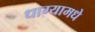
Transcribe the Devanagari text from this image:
धाग्यामधे